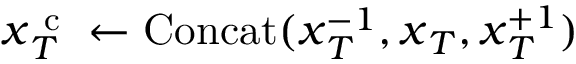
\boldsymbol { x } _ { T } ^ { \mathrm { ~ c ~ } } \leftarrow \operatorname { C o n c a t } ( \boldsymbol { x } _ { T } ^ { - 1 } , \boldsymbol { x } _ { T } , \boldsymbol { x } _ { T } ^ { + 1 } )